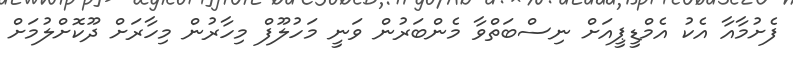
ފެށުމާއާ އެކު އެމްޑީޕީއަށް ނިސްބަތްވާ މެންބަރުން ވަނީ މަހުލޫފް މިހާރުން މިހާރަށް ދޫކޮށްލުމަށް